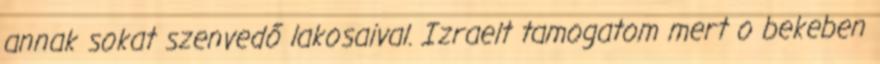
annak sokat szenvedő lakosaival. Izraelt tamogatom mert o bekeben